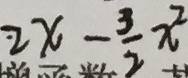
2 x - \frac { 3 } { 2 } x ^ { 2 }